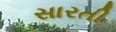
સારતી